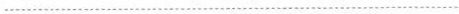
................................................................................